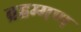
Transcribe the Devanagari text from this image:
ब्रहम्मण